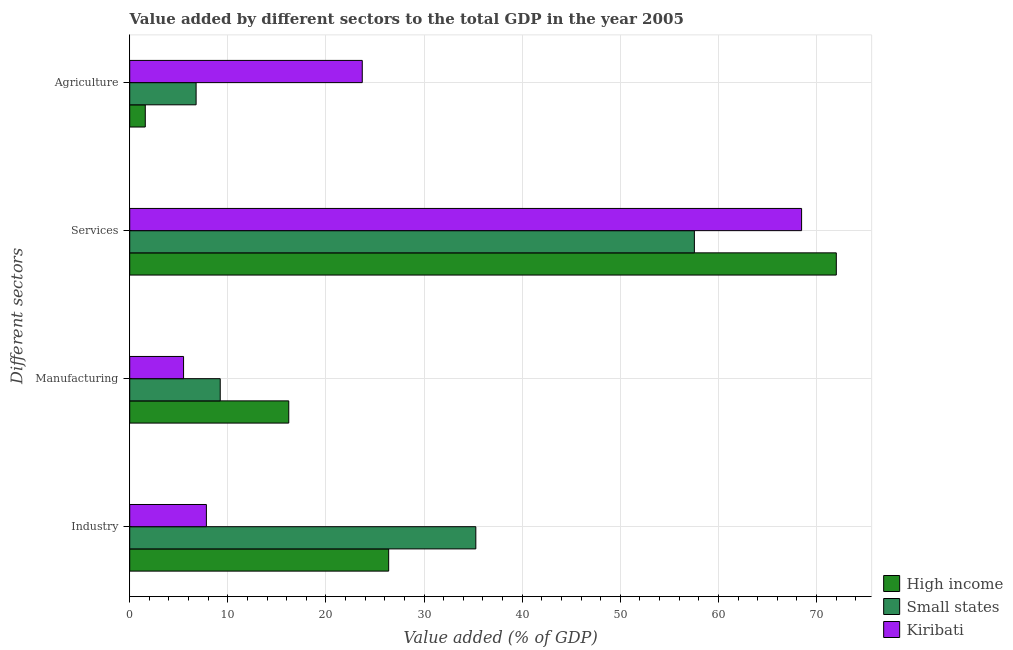
| Different sectors | High income | Small states | Kiribati |
 | --- | --- | --- | --- |
 | Industry | 26.4 | 35.3 | 7.81 |
 | Manufacturing | 16.2 | 9.23 | 5.49 |
 | Services | 72 | 57.6 | 68.5 |
 | Agriculture | 1.59 | 6.77 | 23.7 |